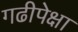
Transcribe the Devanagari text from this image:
गढीपेक्षा